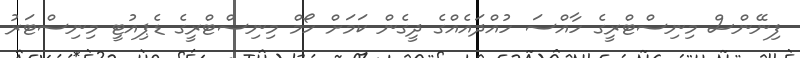
ފިނޭންސް މިނިސްޓްރީގެ ހާއްސަ ހުއްދައެއްގެ ދީގެން ކަމަށް ހޯމް މިނިސްޓްރީގެ ޑެޕިއުޓީ މިނިސްޓަރު